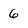
Character: 6